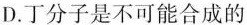
D.丁分子是不可能合成的